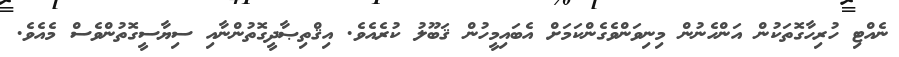
ނެއްޓި ހުރިހާގޮތަކުން އަންހެނުން މިނިވަންވެގެންކަމަށް އެބައިމީހުން ޤަބޫލު ކުރެއެވެ. އިޤްތިޞާދީގޮތުންނާއި ސިޔާސީގޮތުންވެސް މެއެވެ.